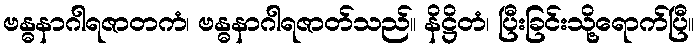
ဗန္ဓနာဂါရဇာတကံ၊ ဗန္ဓနာဂါရဇာတ်သည်။ နိဋ္ဌိတံ၊ ပြီးခြင်းသို့ရောက်ပြီ။